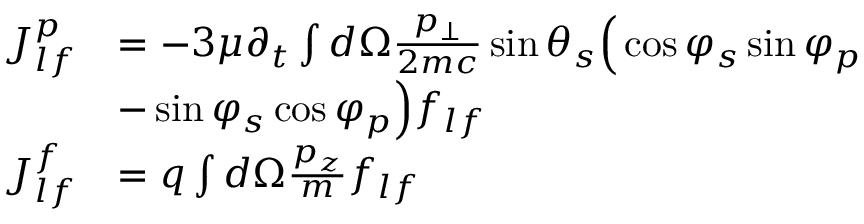
\begin{array} { r l } { J _ { l f } ^ { p } } & { = - 3 \mu \partial _ { t } \int d \Omega \frac { p _ { \bot } } { 2 m c } \sin \theta _ { s } \Big ( \cos \varphi _ { s } \sin \varphi _ { p } } \\ & { - \sin \varphi _ { s } \cos \varphi _ { p } \Big ) f _ { l f } } \\ { J _ { l f } ^ { f } } & { = q \int d \Omega \frac { p _ { z } } { m } f _ { l f } } \end{array}